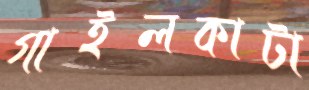
গাইলকাটা